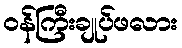
ဝန်ကြီးချုပ်ဖလား